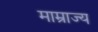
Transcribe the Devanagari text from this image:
माम्राज्य